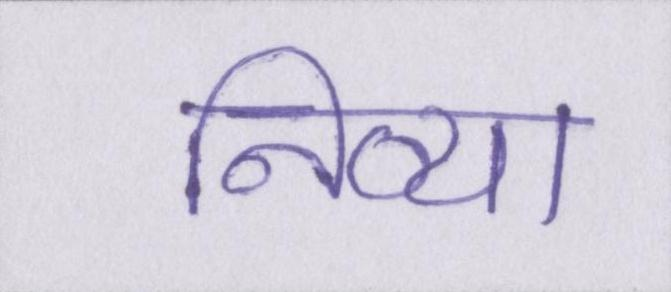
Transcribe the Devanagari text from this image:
निव्या